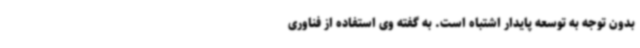
بدون توجه به توسعه پایدار اشتباه است. به گفته وی استفاده از فناوری